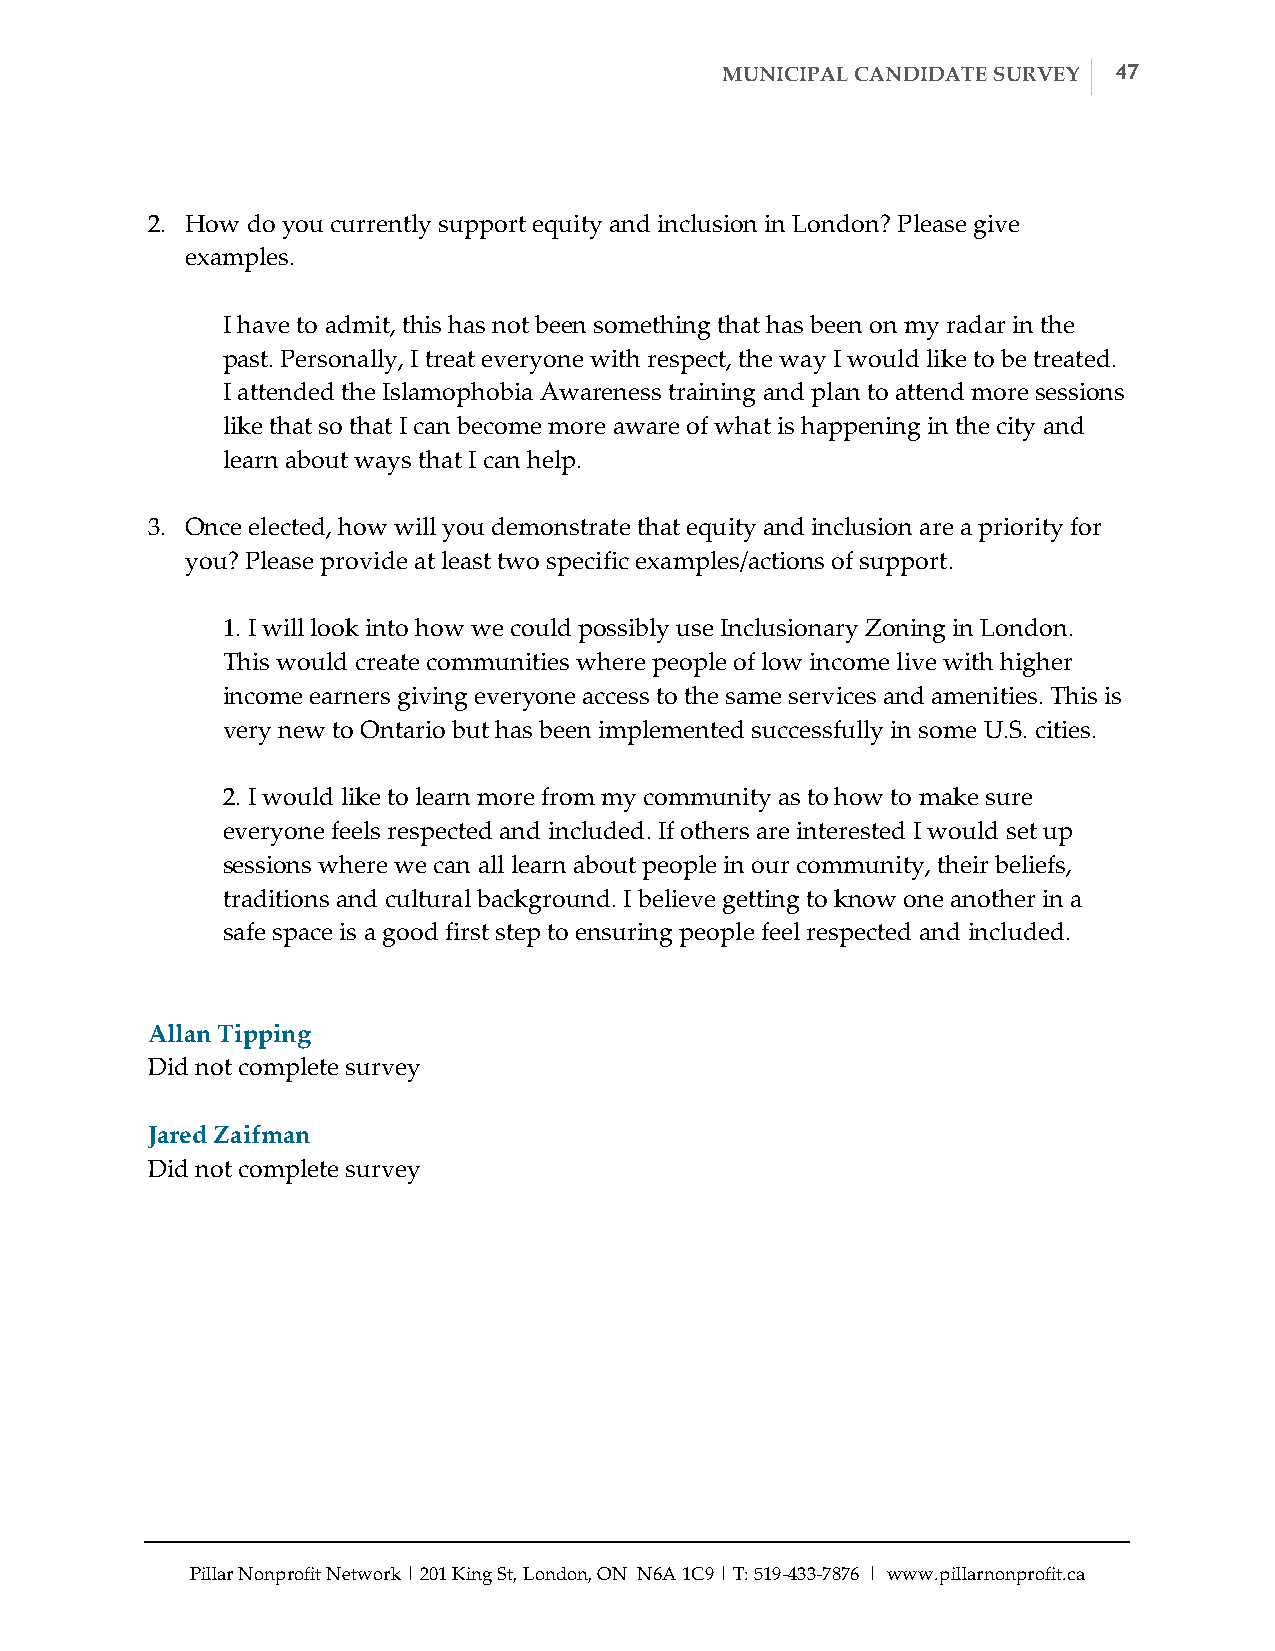
MUNICIPAL CANDIDATE SURVEY 47
 2. How do you currently support equity and inclusion in London? Please give
 examples.
 I have to admit, this has not been something that has been on my radar in the
 past. Personally, I treat everyone with respect, the way I would like to be treated.
 I attended the Islamophobia Awareness training and plan to attend more sessions
 like that so that I can become more aware of what is happening in the city and
 learn about ways that I can help.
 3. Once elected, how will you demonstrate that equity and inclusion are a priority for
 you? Please provide at least two specific examples/actions of support.
 1. I will look into how we could possibly use Inclusionary Zoning in London.
 This would create communities where people of low income live with higher
 income earners giving everyone access to the same services and amenities. This is
 very new to Ontario but has been implemented successfully in some U.S. cities.
 2. I would like to learn more from my community as to how to make sure
 everyone feels respected and included. If others are interested I would set up
 sessions where we can all learn about people in our community, their beliefs,
 traditions and cultural background. I believe getting to know one another in a
 safe space is a good first step to ensuring people feel respected and included.
 Allan Tipping
 Did not complete survey
 Jared Zaifman
 Did not complete survey
 Pillar Nonprofit Network | 201 King St, London, ON N6A 1C9 | T: 519-­‐‑433-­‐‑7876 | www.pillarnonprofit.ca